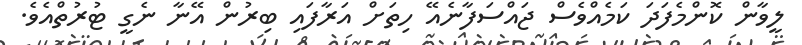
ލީވާން ކޮންމެފަދަ ކަމެއްވެސް ޖައްސަފާނެއޭ ހިތަށް އަރާފައި ބިރުން އޭނާ ނެގީ ޓުރުތްއެވެ.